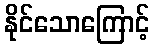
နိုင်သောကြောင့်